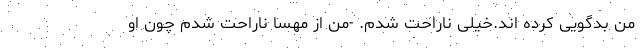
من بدگویی کرده اند.خیلی ناراحت شدم. -من از مهسا ناراحت شدم چون او